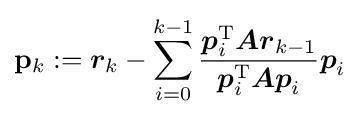
\mathbf {p} _{k}:={\boldsymbol {r}}_{k}-\sum _{i=0}^{k-1}{\frac {{\boldsymbol {p}}_{i}^{\mathrm {T} }{\boldsymbol {Ar}}_{k-1}}{{\boldsymbol {p}}_{i}^{\mathrm {T} }{\boldsymbol {Ap}}_{i}}}{\boldsymbol {p}}_{i}